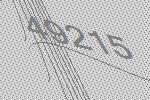
49215